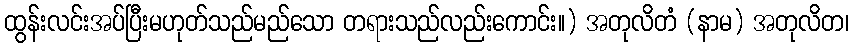
ထွန်းလင်းအပ်ပြီးမဟုတ်သည်မည်သော တရားသည်လည်းကောင်း။) အတုလိတံ (နာမ) အတုလိတ၊